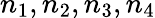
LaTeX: n_{1},n_{2},n_{3},n_{4}